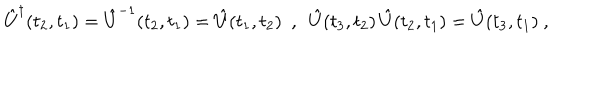
LaTeX: \hat { U } ^ { \dagger } ( t _ { 2 } , t _ { 1 } ) = \hat { U } ^ { - 1 } ( t _ { 2 } , t _ { 1 } ) = \hat { U } ( t _ { 1 } , t _ { 2 } ) \ \ , \ \ \hat { U } ( t _ { 3 } , t _ { 2 } ) \, \hat { U } ( t _ { 2 } , t _ { 1 } ) = \hat { U } ( t _ { 3 } , t _ { 1 } ) \ ,